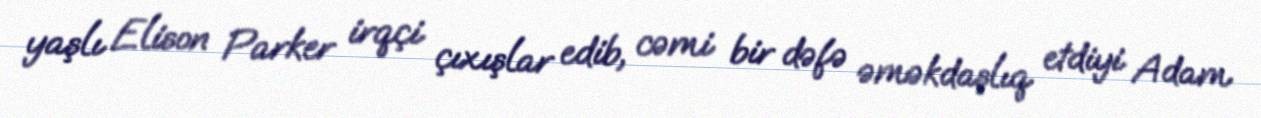
yaşlı Elison Parker irqçi çıxışlar edib, cəmi bir dəfə əməkdaşlıq etdiyi Adam